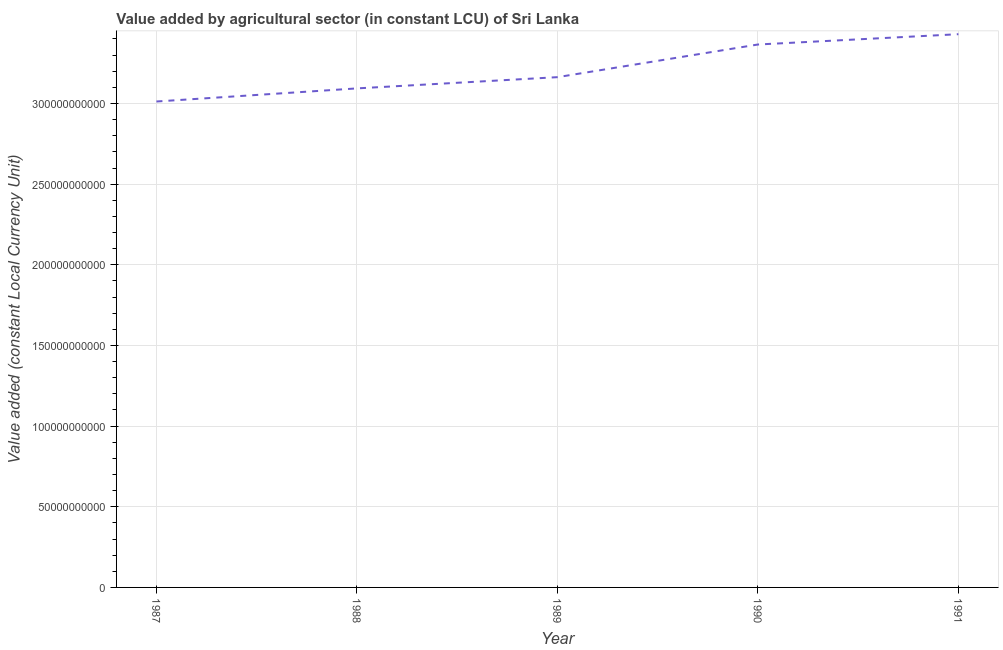
| Year | Agriculture |
 | --- | --- |
 | 1987 | 3.01e+11 |
 | 1988 | 3.09e+11 |
 | 1989 | 3.16e+11 |
 | 1990 | 3.37e+11 |
 | 1991 | 3.43e+11 |